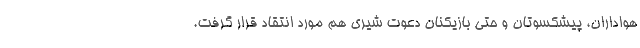
هواداران، پیشکسوتان و حتی بازیکنان دعوت شیری هم مورد انتقاد قرار گرفت.